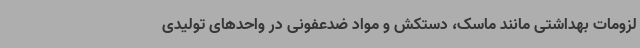
لزومات بهداشتی مانند ماسک، دستکش و مواد ضدعفونی در واحدهای تولیدی